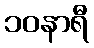
၁၀နာရီ